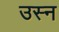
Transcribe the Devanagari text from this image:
उस्न